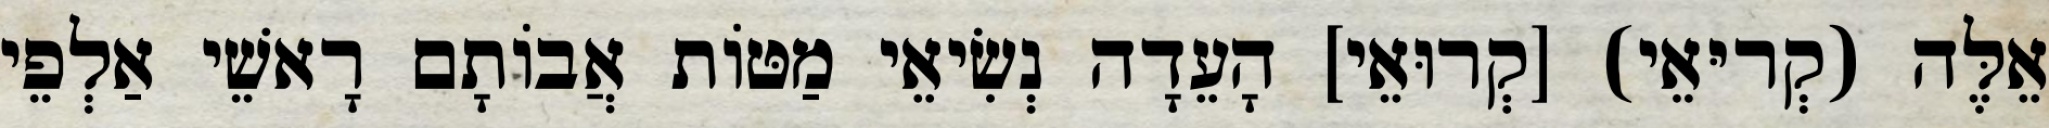
אֵלֶּה (קְריּאֵי) [קְרוּאֵי] הָעֵדָה נְשִׂיאֵי מַטּוֹת אֲבוֹתָם רָאשֵׁי אַלְפֵי